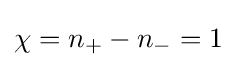
\chi =n_{+}-n_{-}=1